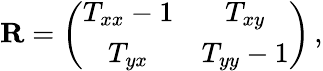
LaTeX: {\mathbf R}=\left(\begin{array}{cc}{T_{xx}-1}&{T_{xy}}\\ {T_{yx}}&{T_{yy}-1}\end{array}\right)\, ,